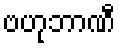
ဗဟုဘာဏီ